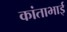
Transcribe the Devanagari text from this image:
कांताभाई